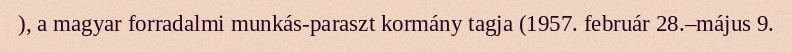
), a magyar forradalmi munkás-paraszt kormány tagja (1957. február 28.–május 9.